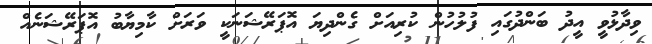
ވިދާޅުވީ އީދު ބަންދުގައި ފުލުހުން ކުރިއަށް ގެންދިޔަ އޮޕަރޭޝަނަކީ ވަރަށް ކާމިޔާބު އޮޕަރޭޝަނެއް